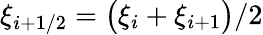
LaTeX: \displaystyle\xi_{i+1/2}=\big(\xi_{i}+\xi_{i+1}\big)/2